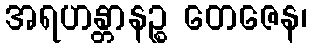
အရဟန္တာနဉ္စ တေဇေန၊